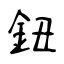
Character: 鈕